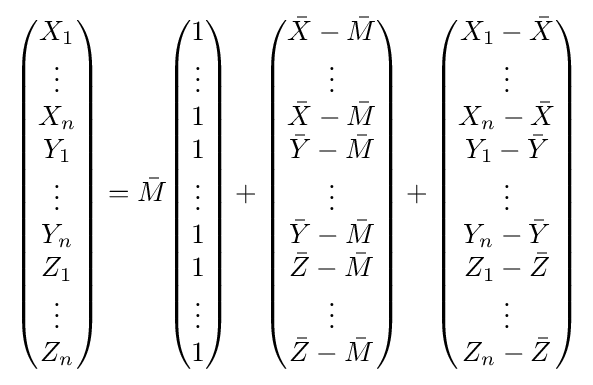
{\begin{pmatrix}X_{1}\\\vdots \\X_{n}\\Y_{1}\\\vdots \\Y_{n}\\Z_{1}\\\vdots \\Z_{n}\end{pmatrix}}={\bar {M}}{\begin{pmatrix}1\\\vdots \\1\\1\\\vdots \\1\\1\\\vdots \\1\end{pmatrix}}+{\begin{pmatrix}{\bar {X}}-{\bar {M}}\\\vdots \\{\bar {X}}-{\bar {M}}\\{\bar {Y}}-{\bar {M}}\\\vdots \\{\bar {Y}}-{\bar {M}}\\{\bar {Z}}-{\bar {M}}\\\vdots \\{\bar {Z}}-{\bar {M}}\end{pmatrix}}+{\begin{pmatrix}X_{1}-{\bar {X}}\\\vdots \\X_{n}-{\bar {X}}\\Y_{1}-{\bar {Y}}\\\vdots \\Y_{n}-{\bar {Y}}\\Z_{1}-{\bar {Z}}\\\vdots \\Z_{n}-{\bar {Z}}\end{pmatrix}}